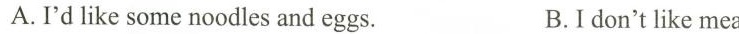
A.I'd like some noodles and eggs. B.I don't like meat.